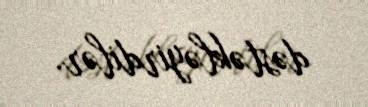
dəstəkləyirdilər.